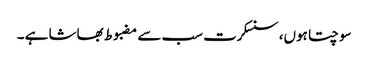
سوچتا ہوں، سنسکرت سب سے مضبوط بھاشا ہے ۔